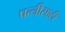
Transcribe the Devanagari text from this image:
पत्नीसाठी